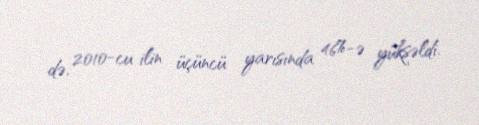
də, 2010-cu ilin üçüncü yarısında 46%-ə yüksəldi.